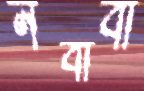
নবাবী